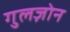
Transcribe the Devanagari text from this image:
गुलज़ोन